Scottish Leaving Certificate Examination, 1959
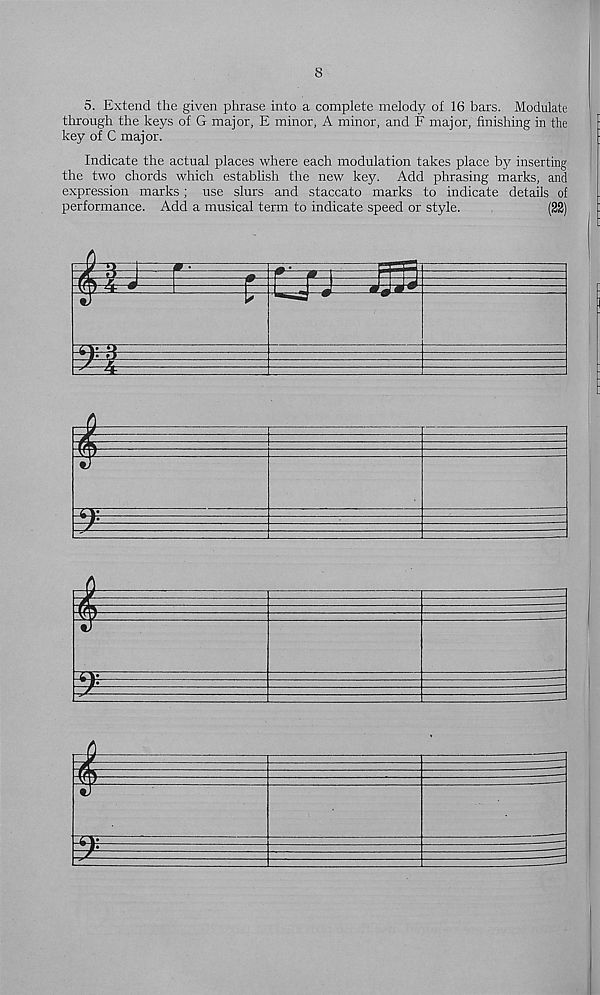
8
5. Extend the given phrase into a complete melody of 16 bars. Modulate
through the keys of G major, E minor, A minor, and F major, finishing in the
key of C major.
Indicate the actual places where each modulation takes place by inserting
the two chords which establish the new key. Add phrasing marks, and
expression marks; use slurs and staccato marks to indicate details of
performance. Add a musical term to indicate speed or style.
(22)